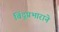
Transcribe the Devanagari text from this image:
बिंदूप्रभाराने